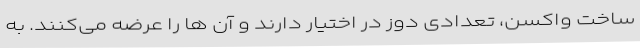
ساخت واکسن، تعدادی دوز در اختیار دارند و آن ها را عرضه می‌کنند. به